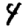
Digit: 4